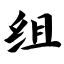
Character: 组